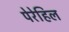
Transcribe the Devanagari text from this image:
पेरेहिल